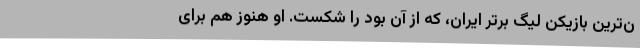
ن‌ترین بازیکن لیگ برتر ایران، که از آن بود را شکست. او هنوز هم برای